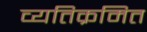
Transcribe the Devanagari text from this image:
व्यतिक्रमित